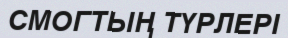
СМОГТЫҢ ТҮРЛЕРІ